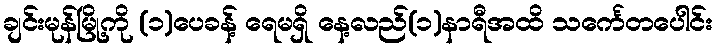
ချင်းမုန်မြို့ကို (၁)ပေခန့် ရေမရှိ နေ့လည်(၁)နာရီအထိ သင်္ကေတပေါင်း